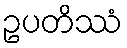
ဥပတိဿံ